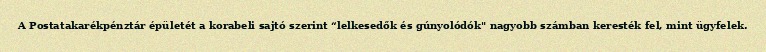
A Postatakarékpénztár épületét a korabeli sajtó szerint “lelkesedők és gúnyolódók" nagyobb számban keresték fel, mint ügyfelek.